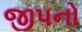
જીપનો